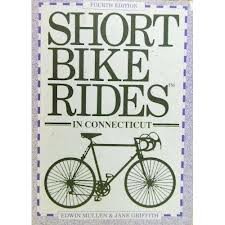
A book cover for Short bike rides in Connecticut; Jane Griffith; Travel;